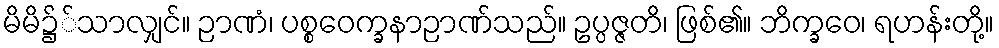
မိမိ၌်သာလျှင်။ ဉာဏံ၊ ပစ္စဝေက္ခနာဉာဏ်သည်။ ဥပ္ပဇ္ဇတိ၊ ဖြစ်၏။ ဘိက္ခဝေ၊ ရဟန်းတို့။